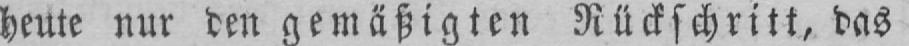
heute nur den gemäßigten Rückschritt, das